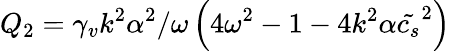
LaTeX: Q_{2}=\gamma_{v}k^{2}\alpha^{2}/\omega\left(4\omega^{2}-1-4k^{2}\alpha\tilde{c_{s}}^{2}\right)